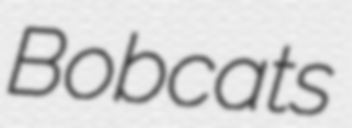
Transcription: Bobcats